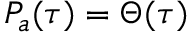
P _ { a } ( \tau ) = \Theta ( \tau )